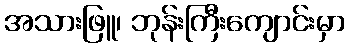
အသားဖြူ၊ ဘုန်းကြီးကျောင်းမှာ